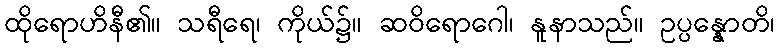
ထိုရောဟိနီ၏။ သရီရေ၊ ကိုယ်၌။ ဆဝိရောဂေါ၊ နူနာသည်။ ဥပ္ပန္နောတိ၊